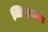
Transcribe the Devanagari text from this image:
ब्लिज्ज़ाक्स